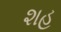
શહ